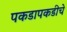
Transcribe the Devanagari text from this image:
पकडापकडीचे